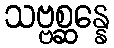
သဗ္ဗစ္ဆန္နေ